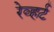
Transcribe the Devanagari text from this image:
रेव्हर्ट